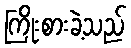
ကြိုးစားခဲ့သည်